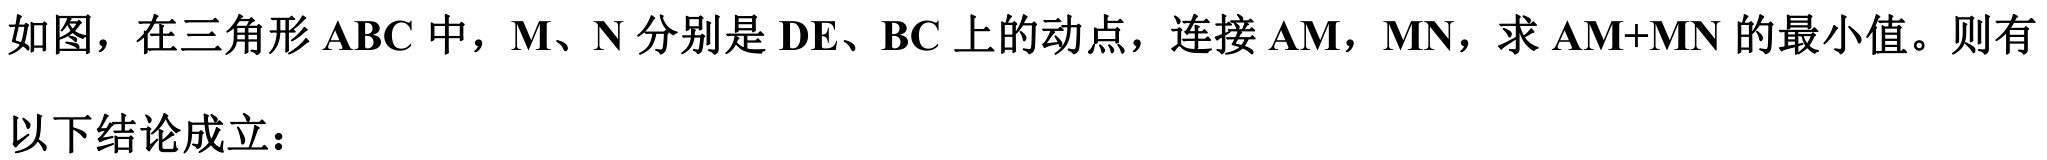
如图，在三角形\(\text{ABC}\)中，\(\text{M}、\text{N}\)分别是\(\text{DE}、\text{BC}\)上的动点，连接\(\text{AM}\)，\(\text{MN}\)，求\(\text{AM+MN}\)的最小值。则有
以下结论成立：